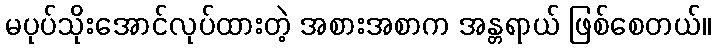
မပုပ်သိုးအောင်လုပ်ထားတဲ့ အစားအစာက အန္တရာယ် ဖြစ်စေတယ်။